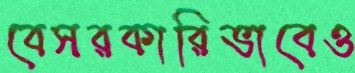
বেসরকারিভাবেও